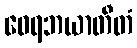
ဝေရဘယာတီတံ